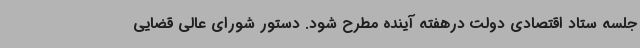
جلسه ستاد اقتصادی دولت درهفته آینده مطرح شود. دستور شورای عالی قضایی